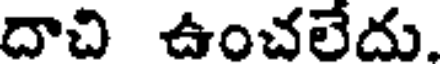
దాచి ఉంచలేదు.